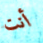
أنت